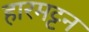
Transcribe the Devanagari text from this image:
हारमट्टन